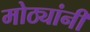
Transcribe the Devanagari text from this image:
मोठ्यांनी